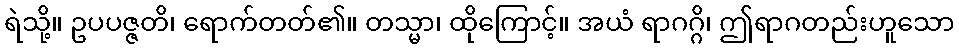
ရဲသို့။ ဥပပဇ္ဇတိ၊ ရောက်တတ်၏။ တသ္မာ၊ ထိုကြောင့်။ အယံ ရာဂဂ္ဂိ၊ ဤရာဂတည်းဟူသော